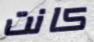
كانت